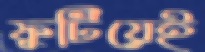
ফুটিয়েই